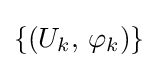
\{(U_{k},\,\varphi _{k})\}